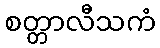
စတ္တာလီသကံ